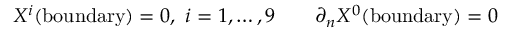
X ^ { i } ( \mathrm { b o u n d a r y } ) = 0 , ~ i = 1 , \dots , 9 \qquad \partial _ { n } X ^ { 0 } ( \mathrm { b o u n d a r y } ) = 0